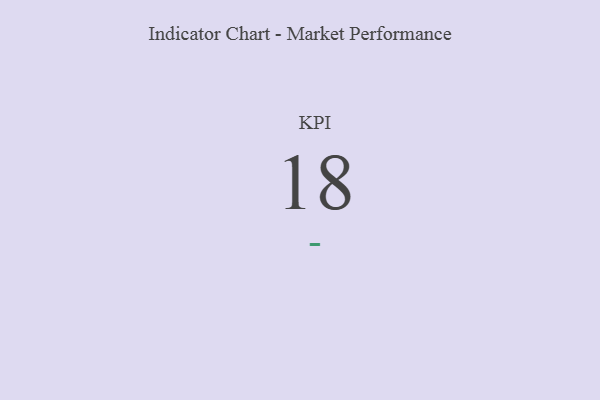
{"axis": {"x": "KPI", "y": "Value"}, "legend": [""], "data": [{"x": "KPI", "y": 18, "type": ""}]}